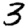
Digit: 3